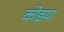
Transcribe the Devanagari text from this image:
कोइया